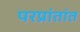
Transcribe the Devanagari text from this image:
परप्रांतांत